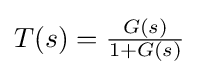
{\textstyle T(s)={\frac {G(s)}{1+G(s)}}}